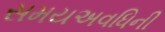
સમયઅવધિની